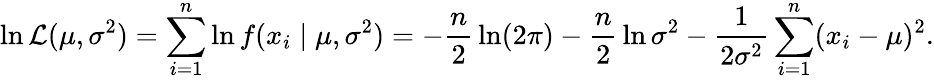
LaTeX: \ln{\mathcal{L}}(\mu,\sigma^{2})=\sum_{i=1}^{n}\ln f(x_{i}\mid\mu,\sigma^{2})=-{\frac{n}{2}}\ln(2\pi)-{\frac{n}{2}}\ln\sigma^{2}-{\frac{1}{2\sigma^{2}}}\sum_{i=1}^{n}(x_{i}-\mu)^{2}.